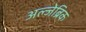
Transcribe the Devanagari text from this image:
अल्जेब्रिक